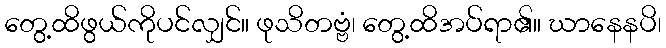
တွေ့ထိဖွယ်ကိုပင်လျှင်။ ဖုသိတဗ္ဗံ၊ တွေ့ထိအပ်ရာ၏။ ဃာနေနပိ၊